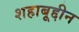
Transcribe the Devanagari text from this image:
शहाबूद्दीन